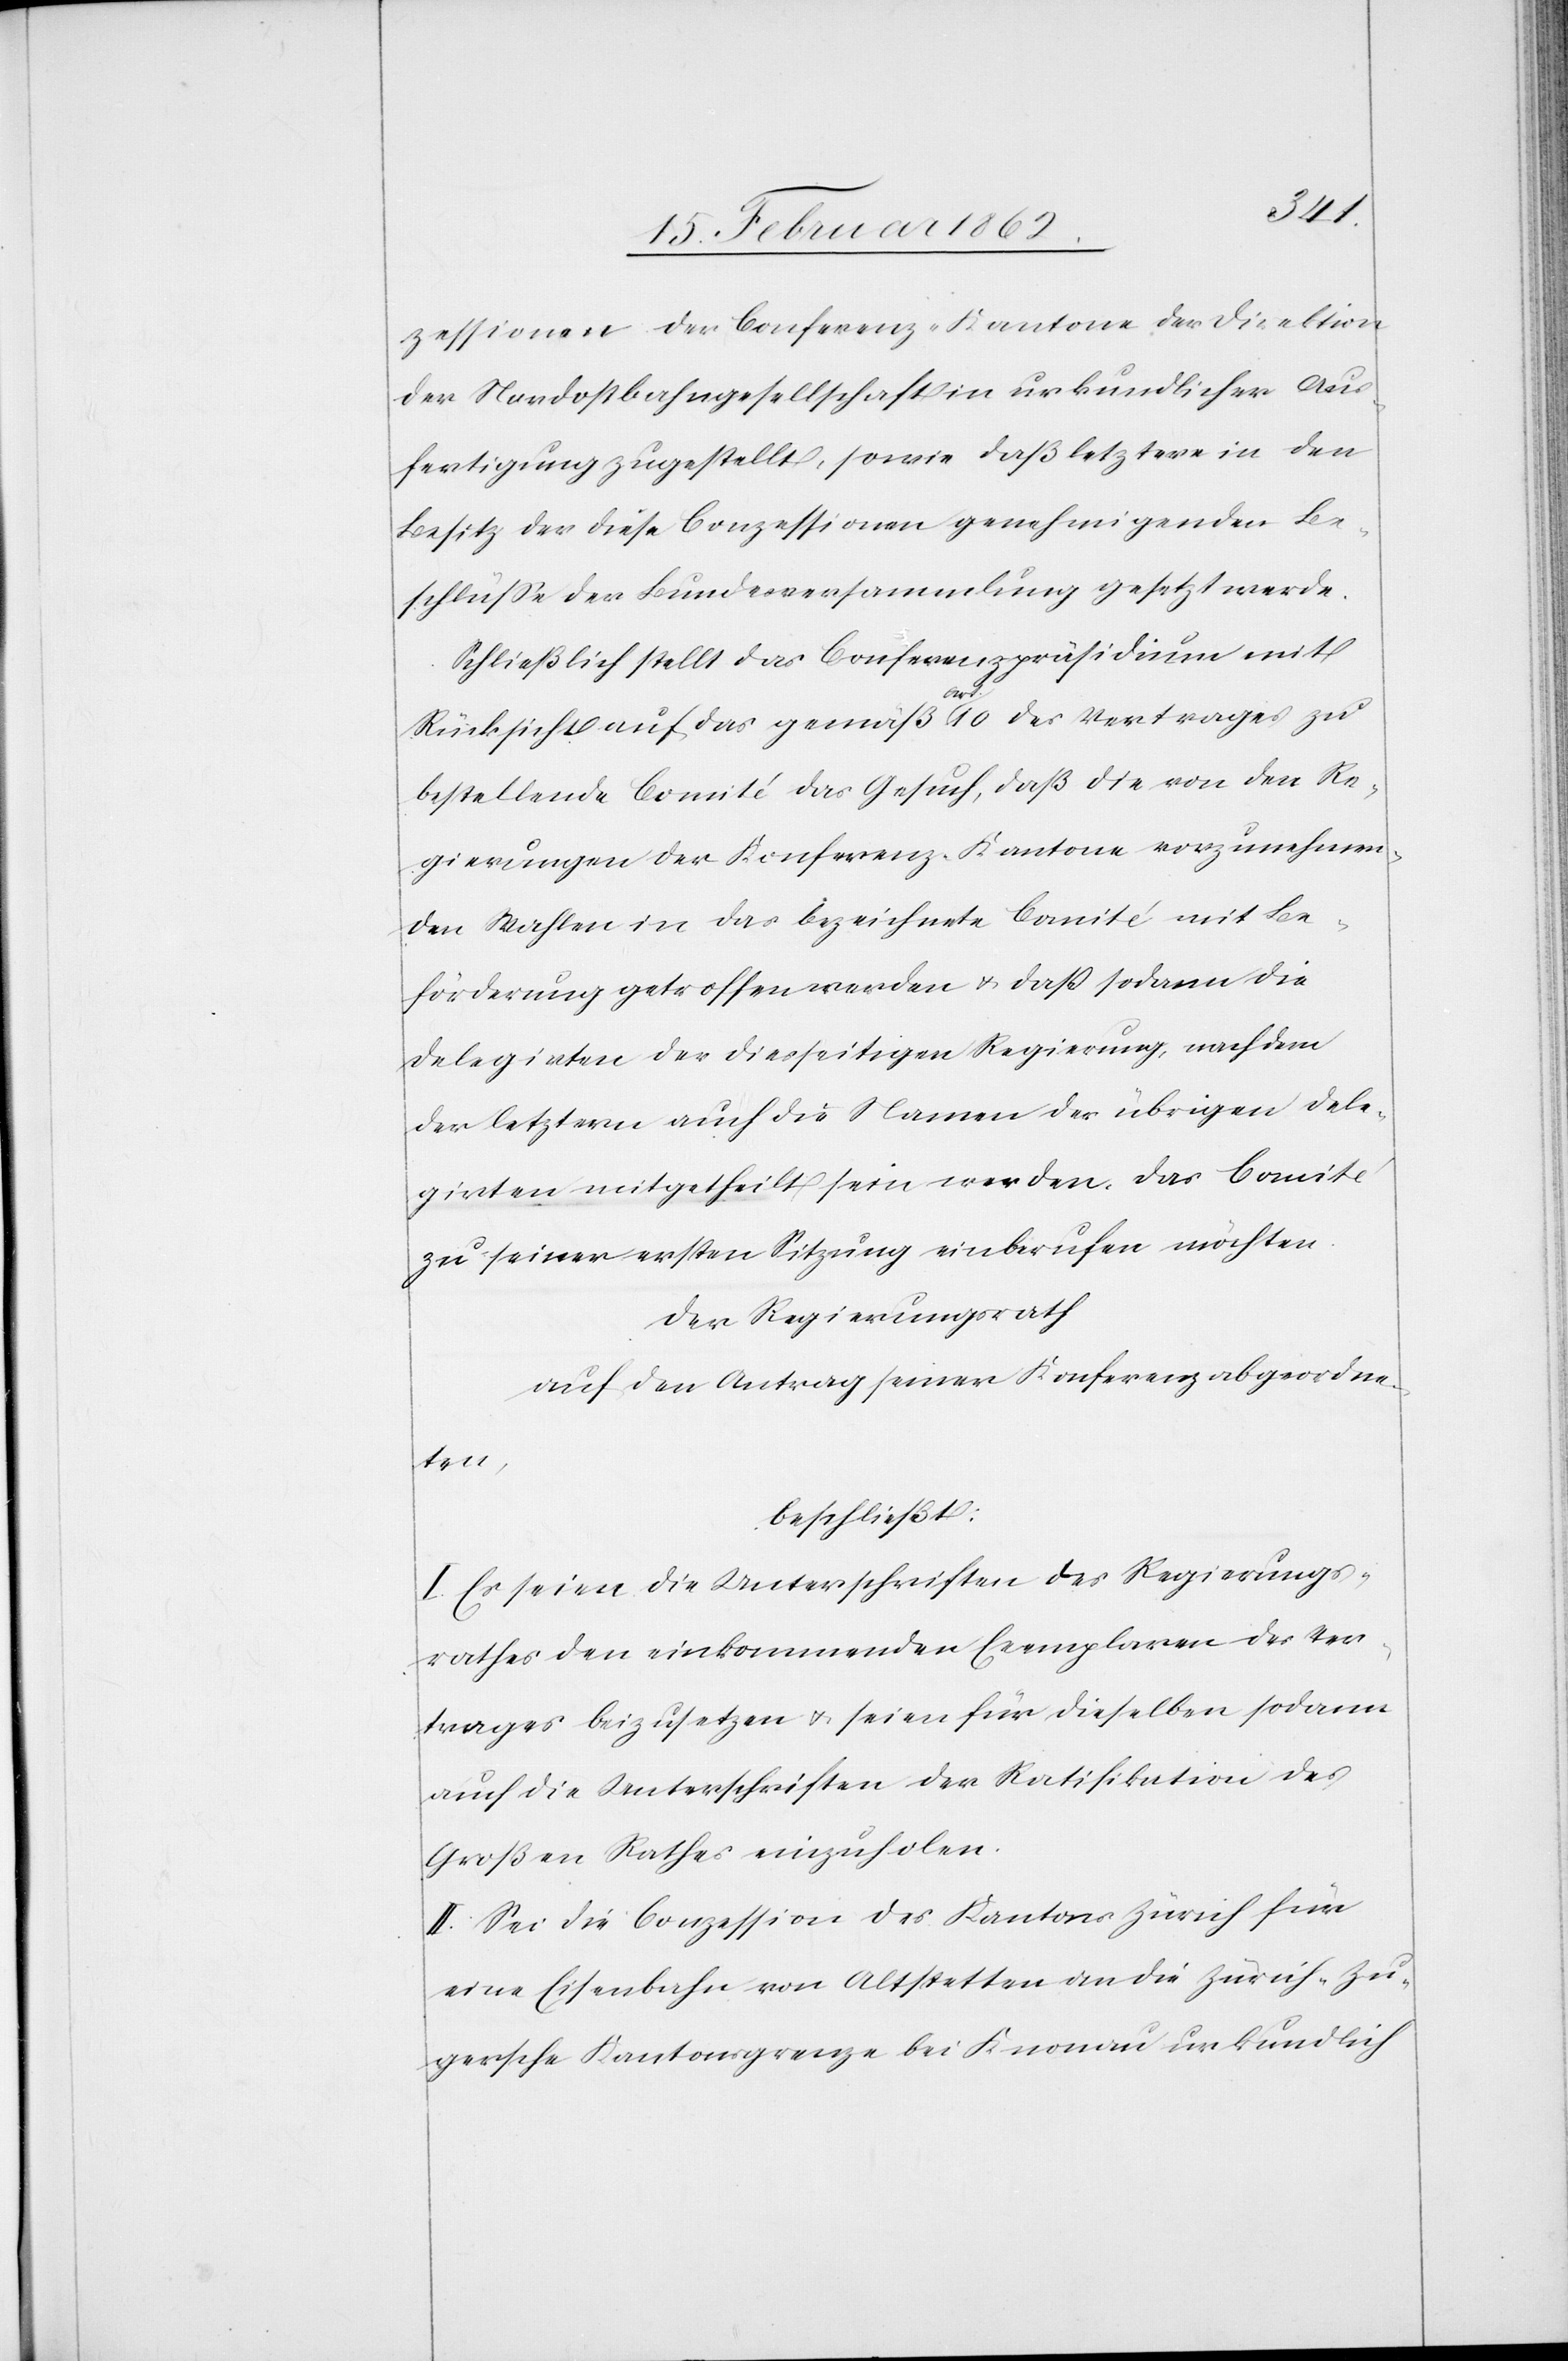
zessionen der Conferenz-Kantone der Direktion
der Nordostbahngesellschaft in urkundlicher Aus¬
fertigung zugestellt, sowie daß letztere in den
Besitz der diese Conzessionen genehmigenden Be¬
schlüsse der Bundesversammlung gesetzt werde.
Schließlich stellt das Conferenzpräsidium mit
Rücksicht auf das gemäß Art. 10 des Vertrages zu
bestellende Comité das Gesuch, daß die von den Re¬
gierungen der Konferenz-Kantone vorzunehmen¬
den Wahlen in das bezeichnete Comité mit Be¬
förderung getroffen werden u. daß sodann die
Delegirten der diesseitigen Regierung, nachdem
der letztern auch die Namen der übrigen Dele¬
girten mitgetheilt sein werden, das Comité
zu seiner ersten Sitzung einberufen möchten.
Der Regierungsrath
auf den Antrag seiner Konferenzabgeordne¬
ten,
beschließt:
I. Es seien die Unterschriften des Regierungs¬
rathes den einkommenden Exemplaren des Ver¬
trages beizusetzen u. seien für dieselben sodann
auch die Unterschriften der Ratifikation des
Großen Rathes einzuholen.
II. Sei die Conzession des Kantons Zürich für
eine Eisenbahn von Altstetten an die Zürich-Zu¬
gersche Kantonsgrenze bei Knonau urkundlich